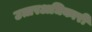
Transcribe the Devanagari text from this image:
उत्तरअधिकारी